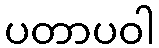
ပတာပဝါ